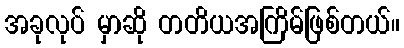
အခုလုပ် မှာဆို တတိယအကြိမ်ဖြစ်တယ်။